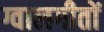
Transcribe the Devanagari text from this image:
ग्वालगीतों